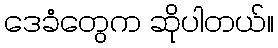
ဒေခံတွေက ဆိုပါတယ်။